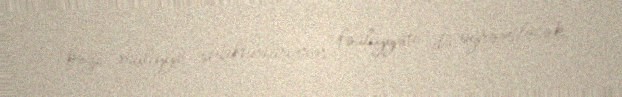
bəzi maliyyə strukturlarının fəaliyyəti də öyrəniləcək.